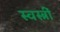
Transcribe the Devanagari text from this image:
स्वस्त्रीं